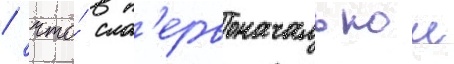
/ что́ в п'ервоначальнои